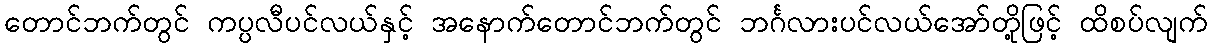
တောင်ဘက်တွင် ကပ္ပလီပင်လယ်နှင့် အနောက်တောင်ဘက်တွင် ဘင်္ဂလားပင်လယ်အော်တို့ဖြင့် ထိစပ်လျက်